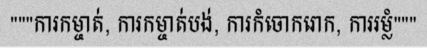
"""ការកម្ចាត់, ការកម្ចាត់បង់, ការកំចោករោក, ការរម្លំ"""